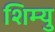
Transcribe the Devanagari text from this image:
शिम्यु